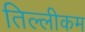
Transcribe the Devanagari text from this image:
तिल्लीकम